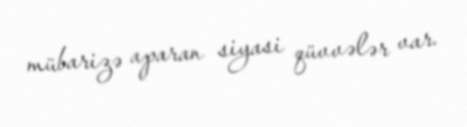
mübarizə aparan siyasi qüvvələr var.